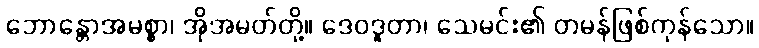
ဘောန္တောအမစ္စာ၊ အိုအမတ်တို့။ ဒေဝဒူတာ၊ သေမင်း၏ တမန်ဖြစ်ကုန်သော။